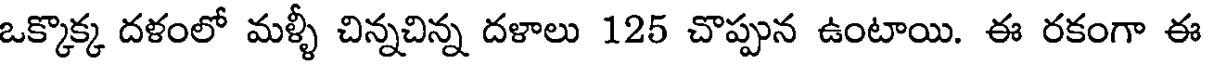
ఒక్కొక్క దళంలో మళ్ళీ చిన్నచిన్న దళాలు 125 చొప్పున ఉంటాయి. ఈ రకంగా ఈ